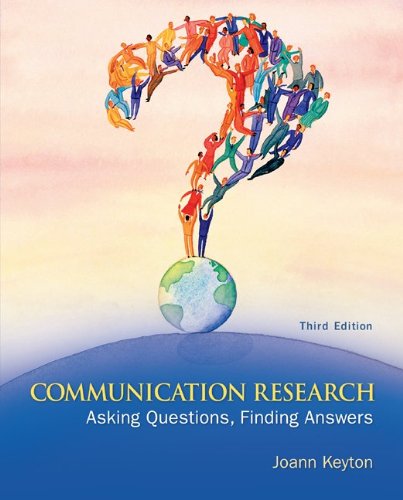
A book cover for Communication Research: Asking Questions, Finding Answers; Joann Keyton; Reference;